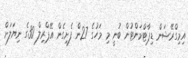
އިމިގްރޭޝަން ޑިޕާޓްމަންޓުން ބުނީ މި މަހުގެ 27ން ފެށިގެން އޭޕްރިލް 30ގެ ނިޔަލަށް